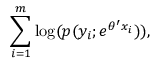
\sum _ { i = 1 } ^ { m } \log ( p ( y _ { i } ; e ^ { \theta ^ { \prime } x _ { i } } ) ) ,